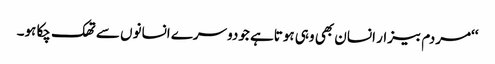
‘‘مردم بیزار انسان بھی وہی ہوتاہے جودوسرے انسانوں سے تھک چکا ہو۔